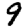
Digit: 9